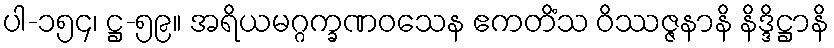
ပါ-၁၅၄၊ ဋ္ဌ-၅၉။ အရိယမဂ္ဂက္ခဏဝသေန ဧကတိံသ ဝိဿဇ္ဇနာနိ နိဒ္ဒိဋ္ဌာနိ